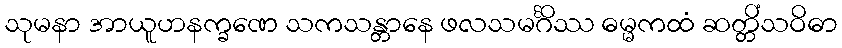
သုမနာ အာယူဟနက္ခဏေ သကသန္တာနေ ဖလသမင်္ဂိဿ ဓမ္မကထံ ဆတ္တိံသဝိဓာ